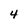
Character: 4